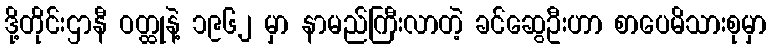
ဒို့တိုင်းဌာနီ ဝတ္ထုနဲ့ ၁၉၆၂ မှာ နာမည်ကြီးလာတဲ့ ခင်ဆွေဦးဟာ စာပေမိသားစုမှာ